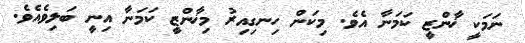
ނަމަކީ ޚާންޒީ ކަމަނާ އެވެ. މިކަން ހިނގިއިރު މިޚާންޒީ ކަމަނާ އިނީ ބަލިވެއެވެ.